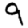
Digit: 9